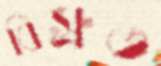
বিস্রুত